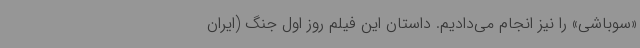
«سوباشی» را نیز انجام می‌دادیم. داستان این فیلم روز اول جنگ (ایران